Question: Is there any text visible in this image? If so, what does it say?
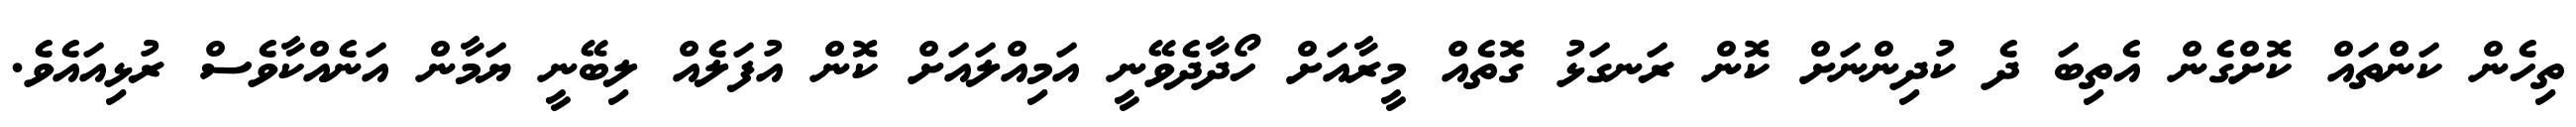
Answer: ތިހެން ކަންތައް ކޮށްގެން އެތިބަ ދެ ކުދިންނަށް ކޮން ރަނގަޅު ގޮތެއް މީރާއަށް ހޯދާދެވޭނީ އަމިއްލައަށް ކޮން އުފަލެއް ލިބޭނީ ޔަމާން އަނެއްކާވެސް ރުޅިއައެވެ.